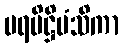
ပရပိဋ္ဌိမံသိကာ